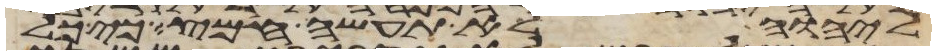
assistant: ליהוה לא תעשה חמץ כי כל